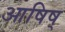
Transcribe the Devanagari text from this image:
आषिष्